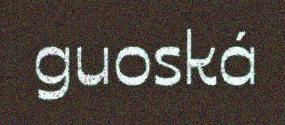
guoská